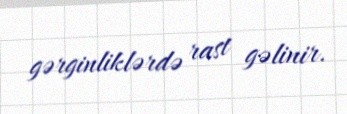
gərginliklərdə rast gəlinir.